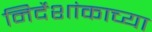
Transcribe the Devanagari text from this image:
निर्देशांकाच्या